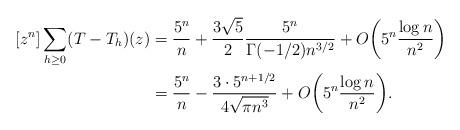
LaTeX: \begin{align*} \begin{aligned} [z^n]\sum_{h\ge 0}(T-T_h)(z) &= \frac{5^n}{n} +\frac{3\sqrt{5}}{2}\frac{5^n}{\Gamma(-1/2)n^{3/2}}+O\biggl(5^n\frac{\log n}{n^2}\biggr)\\ &= \frac{5^n}{n}-\frac{3\cdot 5^{n+1/2}}{4\sqrt{\pi n^3}}+O\biggl(5^n\frac{\log n}{n^2}\biggr). \end{aligned} \end{align*}